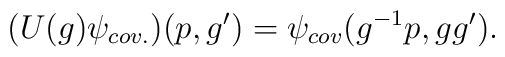
(U(g)\psi_{cov.}) (p,g') = \psi_{cov} (g^{-1}p,gg').